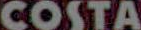
COSTA